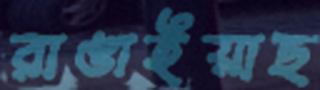
রাঙাইয়াছ